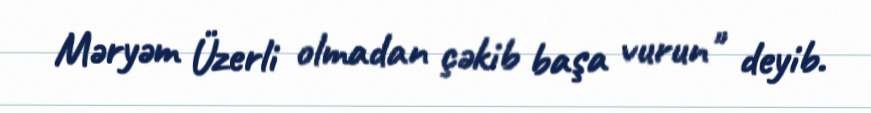
Məryəm Üzerli olmadan çəkib başa vurun" deyib.